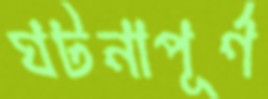
ঘটনাপূর্ণ